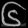
Digit: ၆